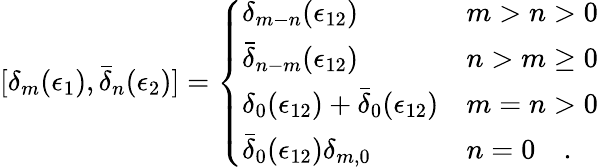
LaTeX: [\delta_{m}(\epsilon_{1}),\bar{\delta}_{n}(\epsilon_{2})]=\left\{ \begin{array}{ll}{{\delta_{m-n}(\epsilon_{12})}}&{{m>n>0}}\\ {{\bar{\delta}_{n-m}(\epsilon_{12})}}&{{n>m\geq 0}}\\ {{\delta_{0}(\epsilon_{12})+\bar{\delta}_{0}(\epsilon_{12})}}&{{m=n>0}}\\ {{\bar{\delta}_{0}(\epsilon_{12})\delta_{m,0}}}&{{n=0\quad.}}\end{array}\right.